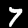
Label: 7